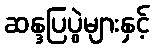
ဆန္ဒပြပွဲများနှင့်